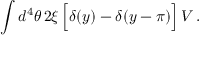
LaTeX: \int d ^ { 4 } \theta \, 2 \xi \, \Big [ \delta ( y ) - \delta ( y - \pi ) \Big ] \, V \, .